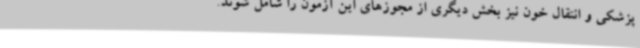
پزشکی و انتقال خون نیز بخش دیگری از مجوزهای این آزمون را شامل شوند.